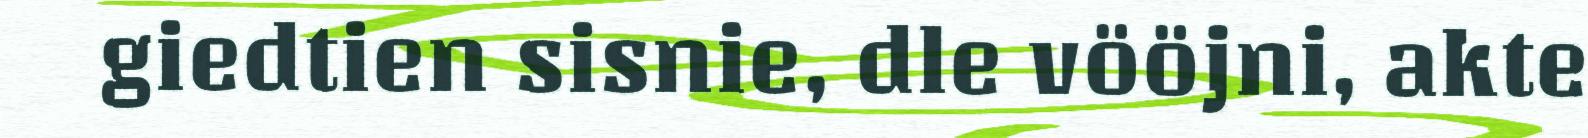
giedtien sisnie, dle vööjni, akte